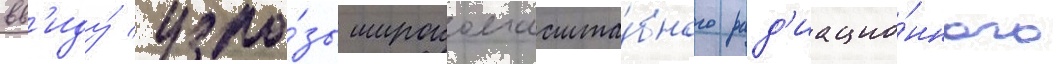
вв'иду́ угро́зы широкомасшта́бного рад'иацио́нного